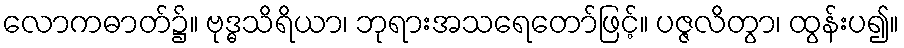
လောကဓာတ်၌။ ဗုဒ္ဓသိရိယာ၊ ဘုရားအသရေတော်ဖြင့်။ ပဇ္ဇလိတွာ၊ ထွန်းပ၍။